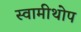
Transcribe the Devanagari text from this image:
स्वामीथोप